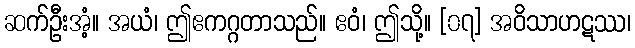
ဆက်ဦးအံ့။ အယံ၊ ဤဧကဂ္ဂတာသည်။ ဧဝံ၊ ဤသို့။ [၀၇] အဝိသာဟဋဿ၊